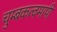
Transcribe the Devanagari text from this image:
चुम्बकत्वमापी